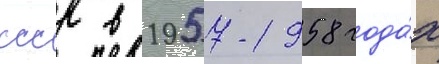
ссср в 1957-1958 года́х